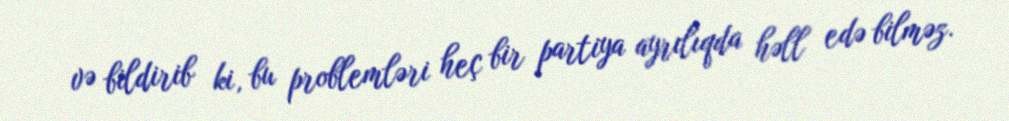
və bildirib ki, bu problemləri heç bir partiya ayrılıqda həll edə bilməz.